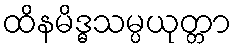
ထိနမိဒ္ဓသမ္ပယုတ္တာ